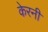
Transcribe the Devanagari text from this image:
केरनी